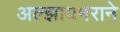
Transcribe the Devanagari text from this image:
अल्झायमराने